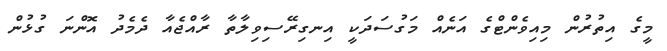
މީގެ އިތުރުން މިއިވެންޓްގެ އަނެއް މަގުސަދަކީ އިނގިރޭސިވިލާތާ ރާއްޖެއާ ދެމެދު އޮންނަ ގުޅުން